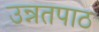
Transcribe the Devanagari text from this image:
उन्नतपाठ